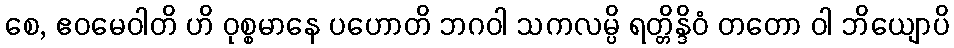
စေ, ဧဝမေဝါတိ ဟိ ဝုစ္စမာနေ ပဟောတိ ဘဂဝါ သကလမ္ပိ ရတ္တိန္ဒိဝံ တတော ဝါ ဘိယျောပိ